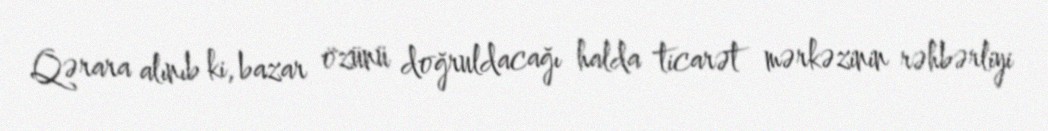
Qərara alınıb ki, bazar özünü doğruldacağı halda ticarət mərkəzinin rəhbərliyi